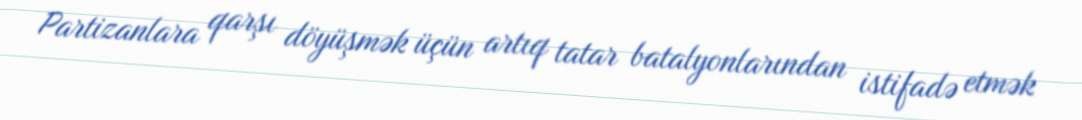
Partizanlara qarşı döyüşmək üçün artıq tatar batalyonlarından istifadə etmək